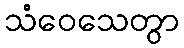
သံဝေသေတွာ